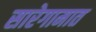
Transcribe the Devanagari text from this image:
सारेगामात